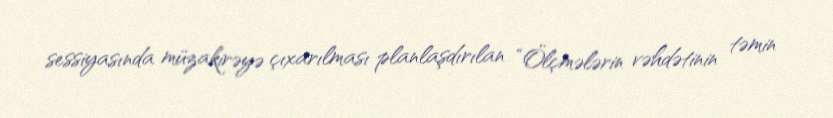
sessiyasında müzakirəyə çıxarılması planlaşdırılan “Ölçmələrin vəhdətinin təmin